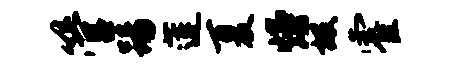
管踢莲夏熳圾霍